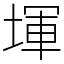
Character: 堚